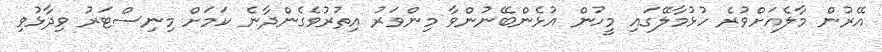
އޭރުން މާލެއަށްވުރެ ހުޅުމާލޭގައި މީހުން އުޅެންބޭނުންވާ މިންވަރު އިތުރުވެގެންދާނެ ކަމަށް މިނިސްޓަރު ވިދާޅުވި